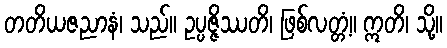
တတိယဇညာနံ၊ သည်။ ဥပ္ပဇ္ဇိဿတိ၊ ဖြစ်လတ္တံ့။ ဣတိ၊ သို့။